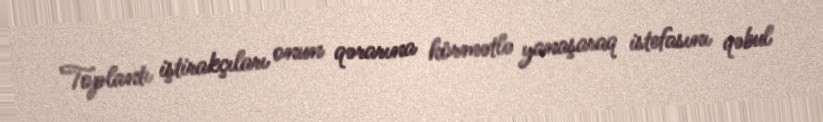
Toplantı iştirakçıları onun qərarına hörmətlə yanaşaraq istefasını qəbul